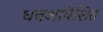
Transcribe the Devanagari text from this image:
धनआवेशित